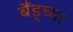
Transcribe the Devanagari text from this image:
बैंड्च्या